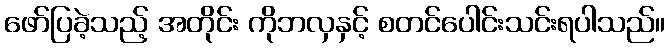
ဖော်ပြခဲ့သည့် အတိုင်း ကိုဘလှနှင့် စတင်ပေါင်းသင်းရပါသည်။